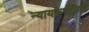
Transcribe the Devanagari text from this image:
न्यायप्रणालियों